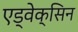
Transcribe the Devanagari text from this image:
एड्वेक्सिन